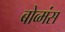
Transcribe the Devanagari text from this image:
बोव्मंस